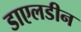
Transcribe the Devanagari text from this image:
डाएलडीन